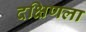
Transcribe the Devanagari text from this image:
दक्षिणला